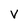
Character: V